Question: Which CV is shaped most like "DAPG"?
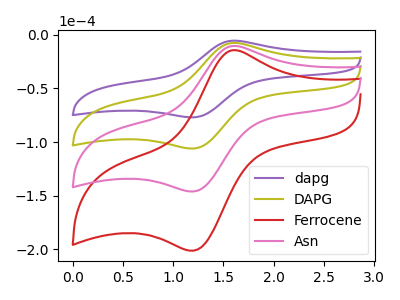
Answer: <think>The purple curve "dapg" has an anodic peak at (1.60V, -5.45uA) and a cathodic peak at (1.20V, -76.90uA). The olive curve "DAPG" has an anodic peak at (1.60V, -7.55uA) and a cathodic peak at (1.20V, -106.00uA). The red curve "Ferrocene" has an anodic peak at (1.60V, -22.60uA) and a cathodic peak at (1.20V, -317.95uA). The pink curve "Asn" has an anodic peak at (1.60V, -15.05uA) and a cathodic peak at (1.20V, -211.95uA).
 All the peaks in "dapg" have a peak in "DAPG" at the same potential. All the peaks in "dapg" have a peak in "Ferrocene" at the same potential. All the peaks in "dapg" have a peak in "Asn" at the same potential. All the peaks in "DAPG" have a peak in "Ferrocene" at the same potential. All the peaks in "DAPG" have a peak in "Asn" at the same potential. All the peaks in "Ferrocene" have a peak in "Asn" at the same potential.</think>
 <answer>"DAPG", "Ferrocene" and "Asn" have a similar shape to "dapg".</answer>
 <eval>"DAPG" "Ferrocene" "Asn"</eval>